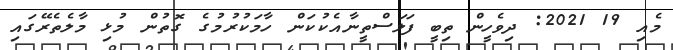
މެއި 19 2021: ދިވެހީން ތިބީ ފަލަސްތީނާއެކުކަން ހާމަކުރުމުގެ ގޮތުން މުޅި މާލެތެރޭގައި